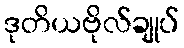
ဒုတိယဗိုလ်ချုပ်